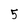
Character: 5